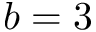
b = 3